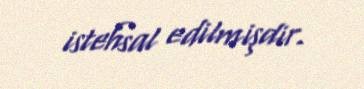
istehsal edilmişdir.